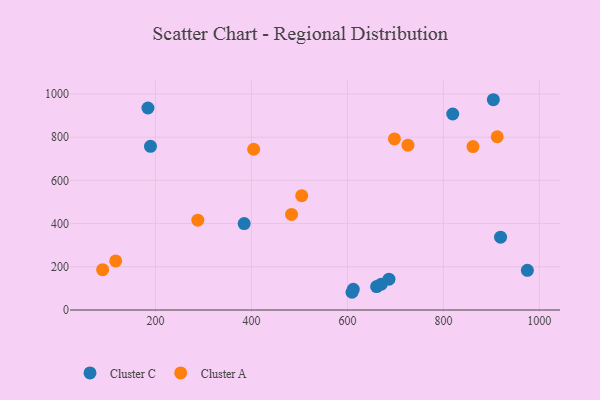
{"axis": {"x": "Ad Spend", "y": "Fuel Efficiency"}, "legend": ["Cluster A", "Cluster C"], "data": [{"x": "612.3", "y": 96.1, "type": "Cluster C"}, {"x": "609.6", "y": 82.1, "type": "Cluster C"}, {"x": "384.9", "y": 400.2, "type": "Cluster C"}, {"x": "184.4", "y": 935.2, "type": "Cluster C"}, {"x": "189.7", "y": 757.7, "type": "Cluster C"}, {"x": "660.9", "y": 108.6, "type": "Cluster C"}, {"x": "819.5", "y": 907.3, "type": "Cluster C"}, {"x": "975.0", "y": 183.8, "type": "Cluster C"}, {"x": "904.1", "y": 973.4, "type": "Cluster C"}, {"x": "670.6", "y": 119.6, "type": "Cluster C"}, {"x": "919.1", "y": 337.2, "type": "Cluster C"}, {"x": "686.6", "y": 142.6, "type": "Cluster C"}, {"x": "117.2", "y": 227.1, "type": "Cluster A"}, {"x": "288.3", "y": 416.0, "type": "Cluster A"}, {"x": "483.6", "y": 442.6, "type": "Cluster A"}, {"x": "912.2", "y": 801.9, "type": "Cluster A"}, {"x": "504.8", "y": 529.1, "type": "Cluster A"}, {"x": "90.0", "y": 186.7, "type": "Cluster A"}, {"x": "698.0", "y": 792.0, "type": "Cluster A"}, {"x": "861.7", "y": 756.6, "type": "Cluster A"}, {"x": "404.7", "y": 744.1, "type": "Cluster A"}, {"x": "726.2", "y": 763.2, "type": "Cluster A"}]}